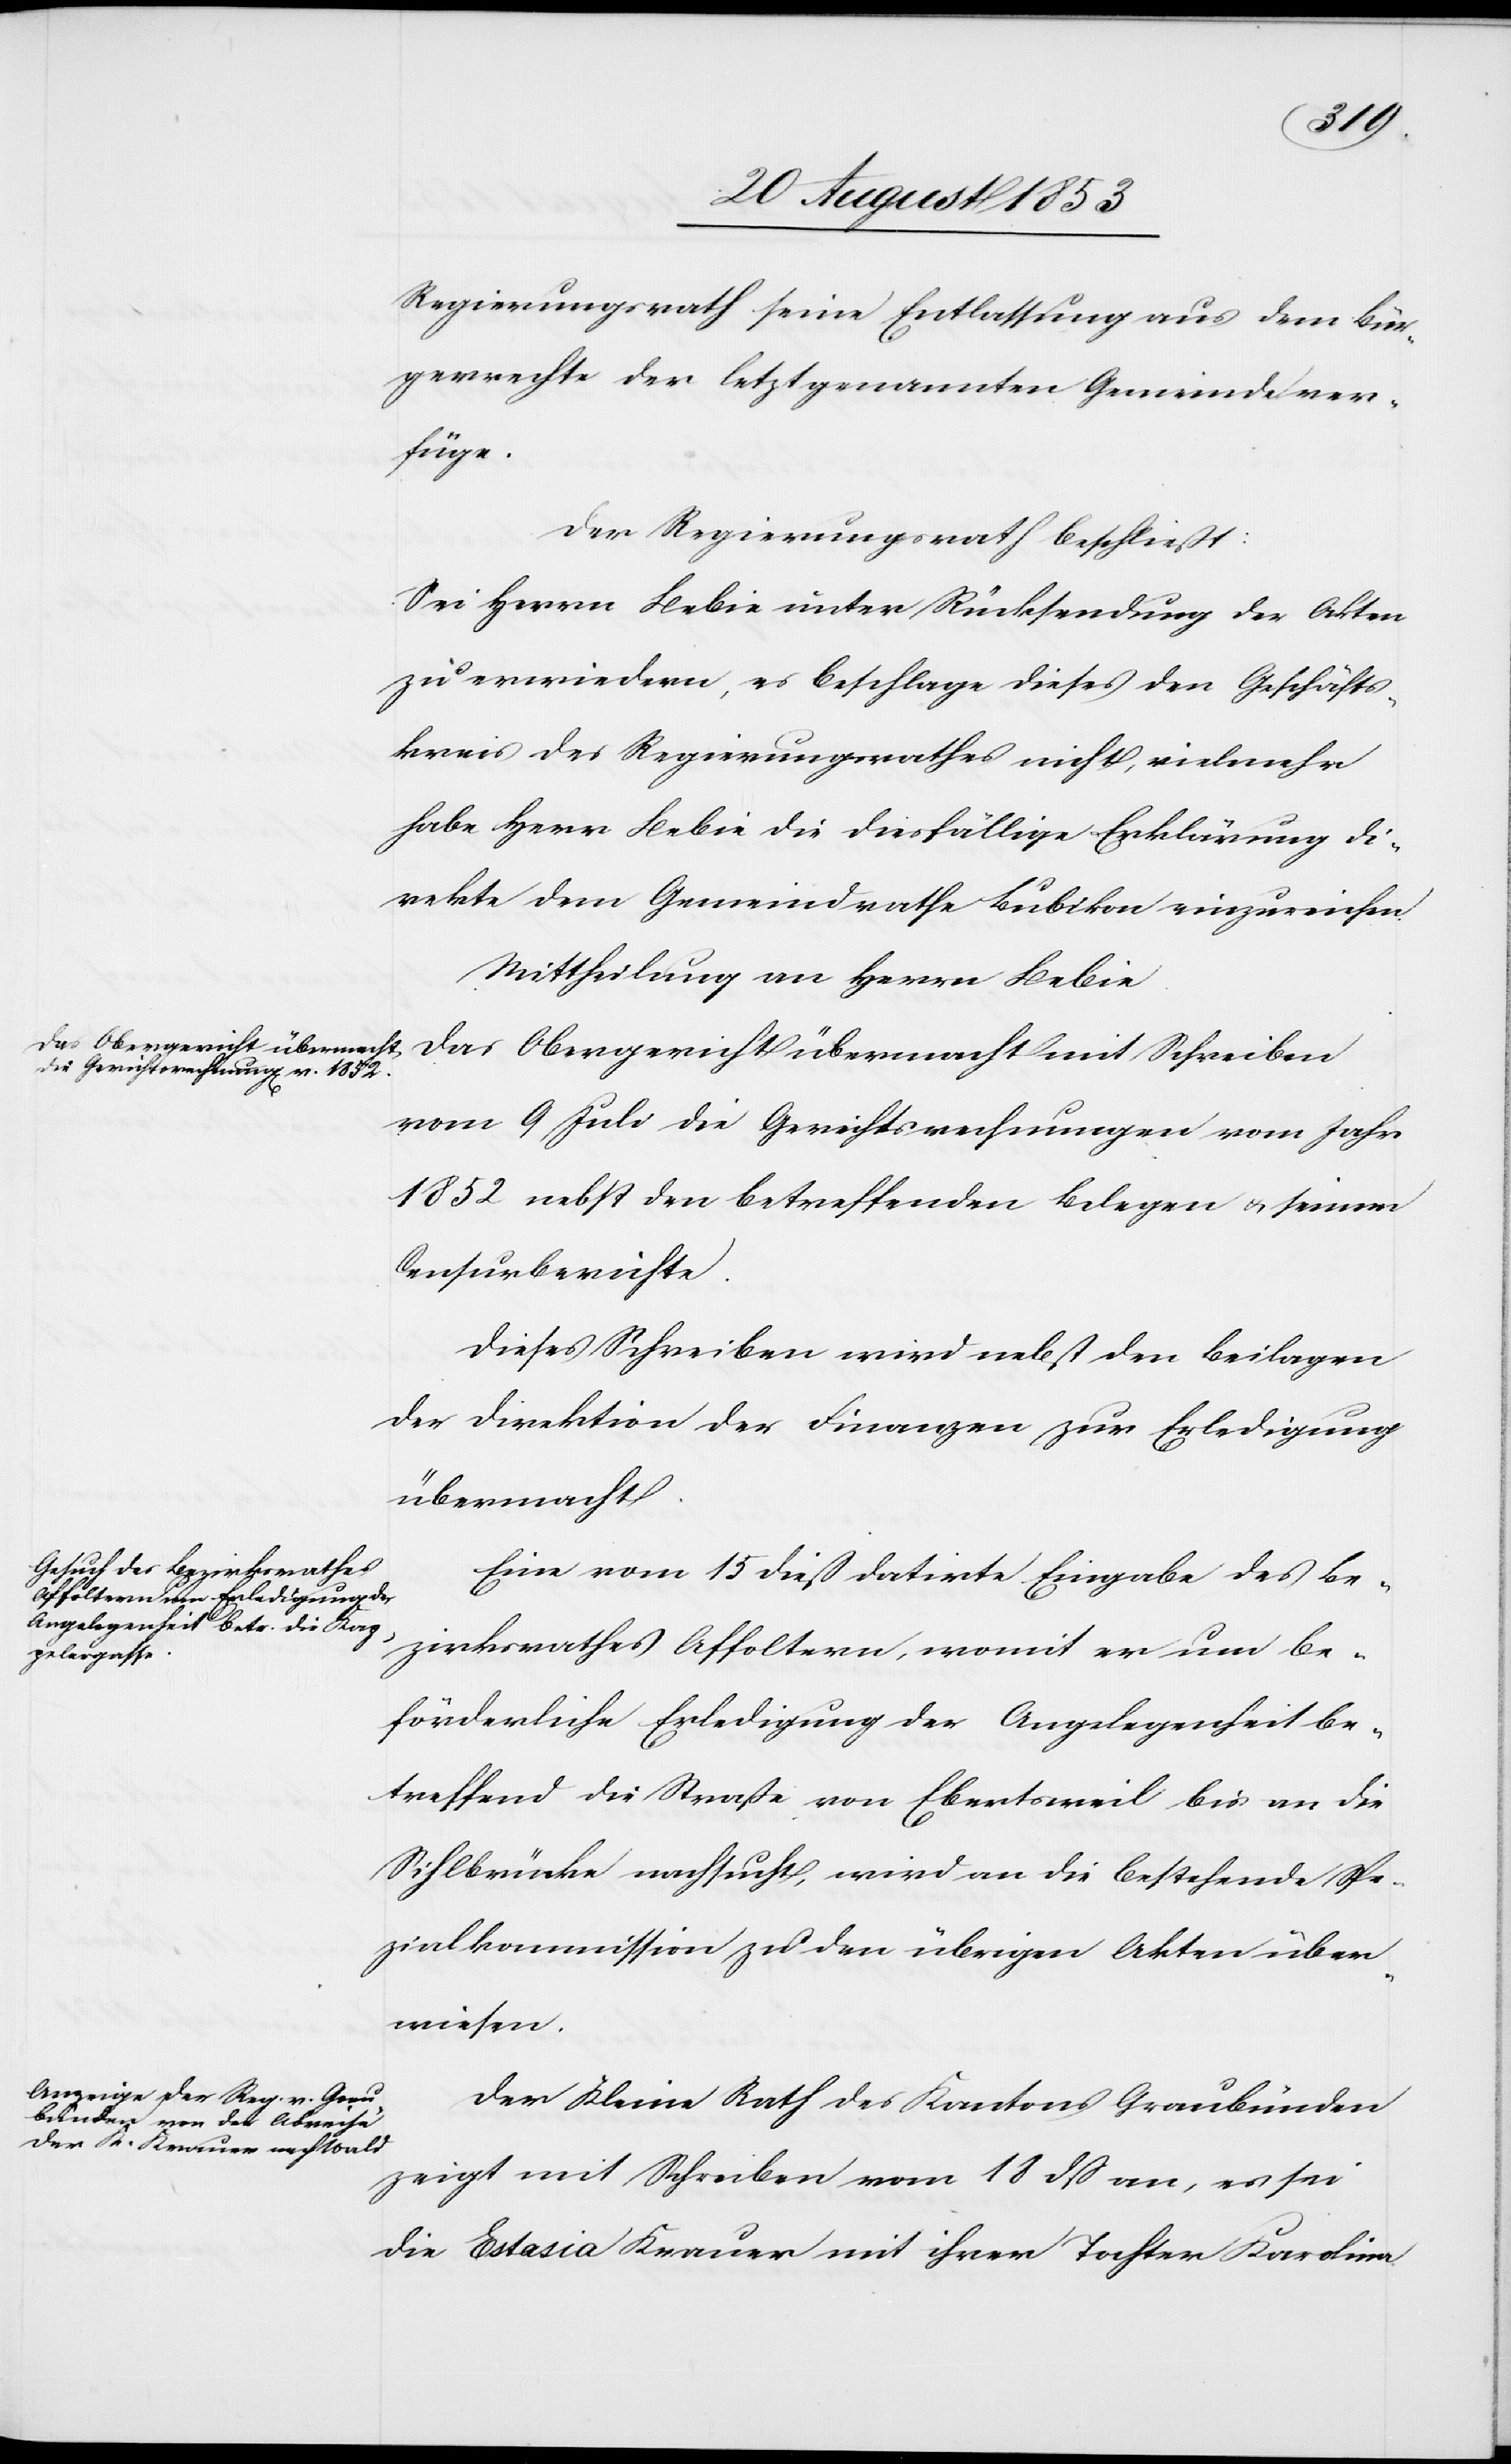
Regierungsrath seine Entlassung aus dem Bür¬
gerrechte der letztgenannten Gemeinde ver¬
füge.
Der Regierungsrath beschließt:
Sei Herrn Bebie unter Rücksendung der Akten
zu erwiedern, es beschlage dieses den Geschäfts¬
kreis des Regierungsrathes nicht, vielmehr
habe Herr Bebie die diesfällige Erklärung di¬
rekte dem Gemeindrathe Bubikon einzureichen.
Mittheilung an Herrn Bebie.
vom 9 Juli die Gerichtsrechnungen vom Jahr
1852 nebst den betreffenden Belegen u. seinem
Censurberichte.
Dieses Schreiben wird nebst den Beilagen
der Direktion der Finanzen zur Erledigung
übermacht.
Eine vom 15 dieß datirte Eingabe des Be¬
zirksrathes Affoltern, womit er um be¬
förderliche Erledigung der Angelegenheit be¬
treffend die Straße von Ebertsweil bis an die
Sihlbrücke nachsucht, wird an die bestehende Spe¬
zialkommission u. den übrigen Akten über¬
wiesen.
Der Kleine Rath des Kantons Graubünden
zeigt mit Schreiben vom 18 dß an, es sei
die Estasia Krauer mit ihrer Tochter Karolina